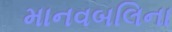
માનવબલિના